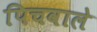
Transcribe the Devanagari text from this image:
पिचवाले